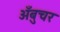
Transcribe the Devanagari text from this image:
अँबुचर